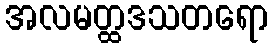
အလမတ္ထဒသတရော